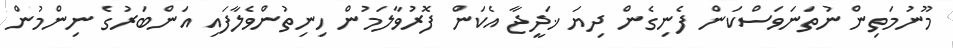
މޫނުމަތިން ނުތަނަވަސްކަން ފެނިގެން ދިޔަ ޚަދީޖާ އެކަން ފޮރުވާލަމުން ހިނިތުންވެލާފައި އަންބަރުގެ ނިންމުން